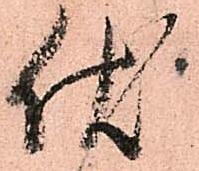
伏